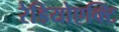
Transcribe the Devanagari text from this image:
रेडियोएक्टि